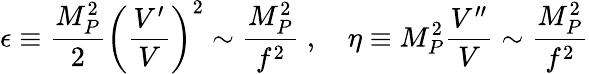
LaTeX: \epsilon\equiv\frac{M_{P}^{2}}{2}\left(\frac{V^{\prime}}{V}\right)^{2}\sim\frac{M_{P}^{2}}{f^{2}}\; ,\quad\eta\equiv M_{P}^{2}\frac{V^{\prime\prime}}{V}\sim\frac{M_{P}^{2}}{f^{2}}